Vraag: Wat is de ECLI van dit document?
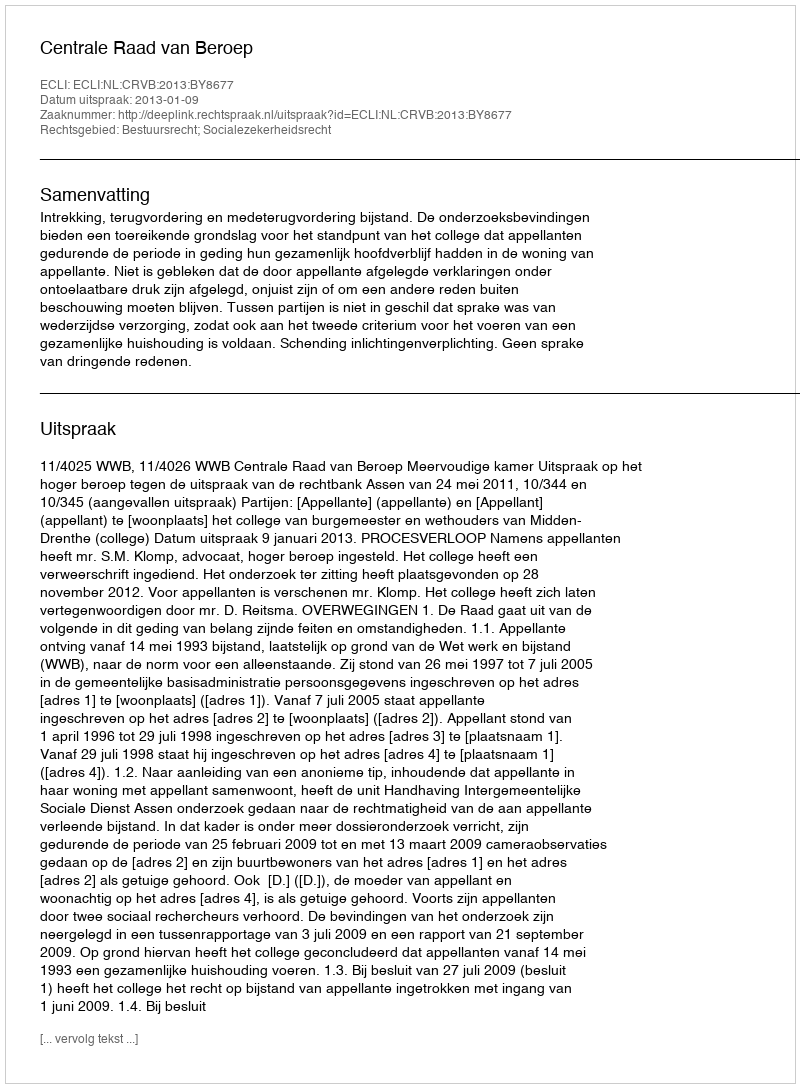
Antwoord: ECLI:NL:CRVB:2013:BY8677